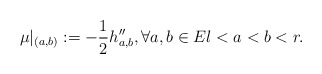
\begin{align*}\mu|_{(a,b)}:=-\frac{1}{2}h''_{a,b},\forall a,b\in E l<a<b<r. \end{align*}